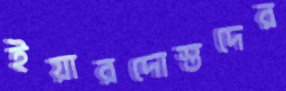
ইয়ারদোস্তদের